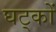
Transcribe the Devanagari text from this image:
घट्कों